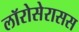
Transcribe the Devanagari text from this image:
लॉरोसेरासस